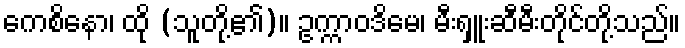
ကေစိနော၊ ထို (သူတို့၏)။ ဥက္ကာဝဒိမေ၊ မီးရှူးဆီမီးတိုင်တို့သည်။